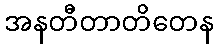
အနတီတာတိတေန